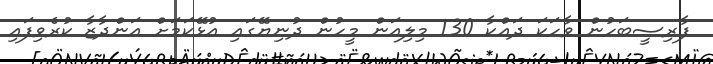
ފާރިސީބަހުން ވާހަކަ ދައްކާ 130 މިލިއަން މީހުން ދުނިޔޭގައި އުޅޭކަމަށް އަންދާޒާ ކުރެވިފައި